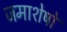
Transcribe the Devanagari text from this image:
जमाशेषों